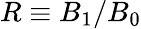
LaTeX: R\equiv B_{1}/B_{0}